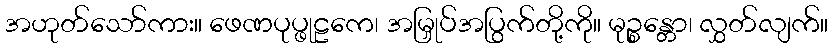
အဟုတ်သော်ကား။ ဖေဏပုပ္ဖုဠကေ၊ အမြှုပ်အပြွက်တို့ကို။ မုဉ္စန္တော၊ လွှတ်လျက်။